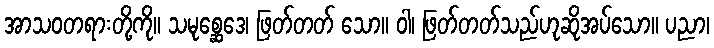
အာသဝတရားတို့ကို။ သမုစ္ဆေဒေ၊ ဖြတ်တတ် သော။ ဝါ၊ ဖြတ်တတ်သည်ဟုဆိုအပ်သော။ ပညာ၊